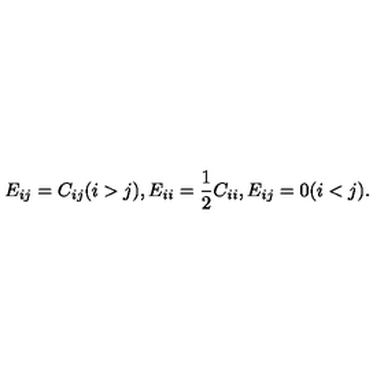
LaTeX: E _ { i j } = C _ { i j } ( i > j ) , E _ { i i } = { \frac { 1 } { 2 } } C _ { i i } , E _ { i j } = 0 ( i < j ) .